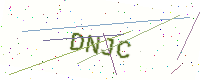
Text: DNJC